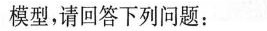
模型，请回答下列问题：